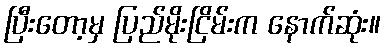
ပြီးတော့မှ ပြည်မိုးငြိမ်းက နောက်ဆုံး။